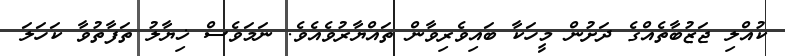
ކުއްލި ޖަޒުބާތެއްގެ ދަށުން މީހަކާ ބައިވެރިވާން ތައްޔާރުވެއެވެ. ނަމަވެސް ޚިޔާލު ތަފާތުވާ ކަހަލަ